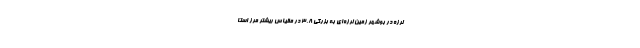
‌لرزه در بوشهر زمین‌ لرزه‌ای به بزرگی ۳.۸ در مقیاس ریشتر مرز استا